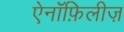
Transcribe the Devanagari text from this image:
ऐनॉफ़िलीज़